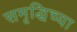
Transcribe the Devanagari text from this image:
समृद्धिच्या